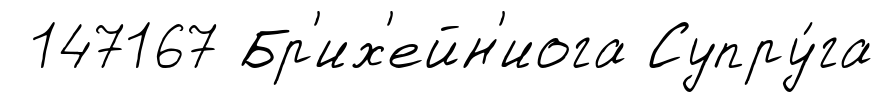
147167 Бр'их'ейн'иога Супру́га